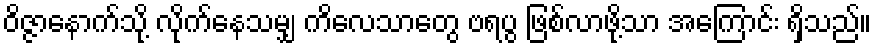
ဝိဇ္ဇာနောက်သို့ လိုက်နေသမျှ ကိလေသာတွေ ဗရပွ ဖြစ်လာဖို့သာ အကြောင်း ရှိသည်။